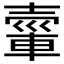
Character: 𮝘